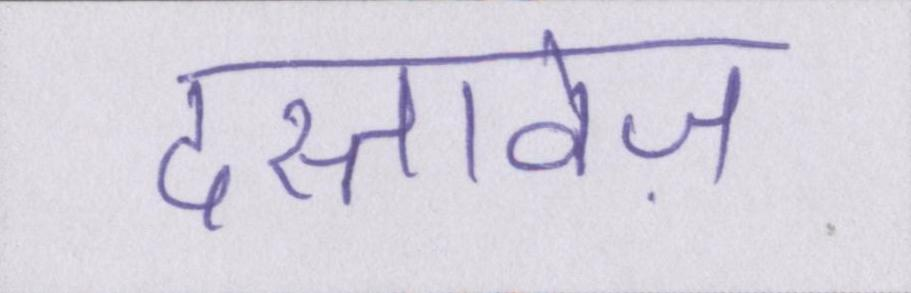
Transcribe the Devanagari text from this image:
दस्तावेज़